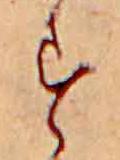
す